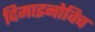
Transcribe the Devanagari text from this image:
दिमाइनोविच